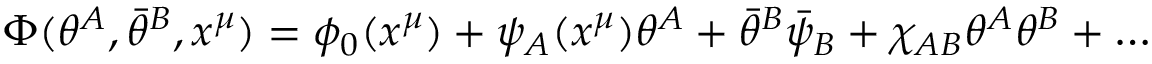
\Phi ( \theta ^ { A } , \bar { \theta } ^ { B } , x ^ { \mu } ) = \phi _ { 0 } ( x ^ { \mu } ) + \psi _ { A } ( x ^ { \mu } ) \theta ^ { A } + \bar { \theta } ^ { B } \bar { \psi } _ { B } + \chi _ { A B } \theta ^ { A } \theta ^ { B } + \ldots